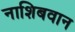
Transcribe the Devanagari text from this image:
नाशिबवान